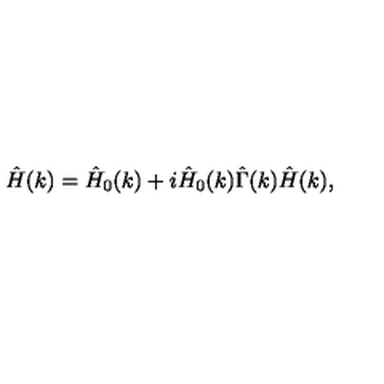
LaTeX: \hat { H } ( k ) = \hat { H } _ { 0 } ( k ) + i \hat { H } _ { 0 } ( k ) \hat { \Gamma } ( k ) \hat { H } ( k ) ,